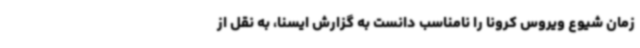
زمان شیوع ویروس کرونا را نامناسب دانست به گزارش ایسنا، به نقل از